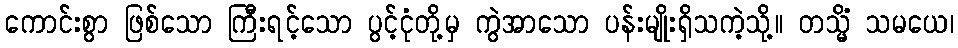
ကောင်းစွာ ဖြစ်သော ကြီးရင့်သော ပွင့်ငုံတို့မှ ကွဲအာသော ပန်းမျိုးရှိသကဲ့သို့။ တသ္မိံ သမယေ၊